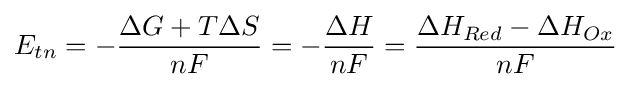
E_{tn}=-{\frac {\Delta G+T\Delta S}{nF}}=-{\frac {\Delta H}{nF}}={\frac {\Delta H_{Red}-\Delta H_{Ox}}{nF}}